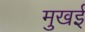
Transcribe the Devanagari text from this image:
मुखई